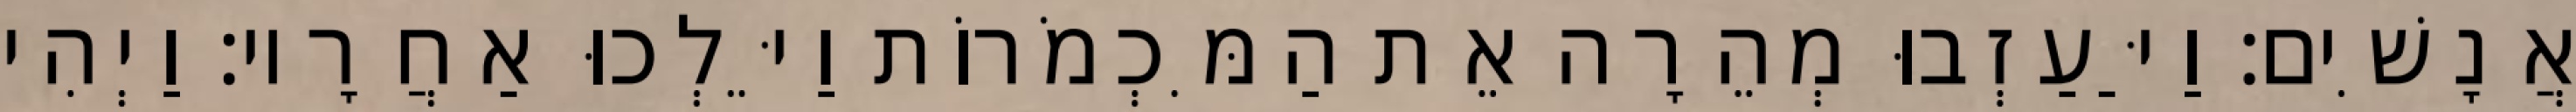
אֲנָשִׁים׃ וַיַּעַזְבוּ מְהֵרָה אֵת הַמִּכְמֹרוֹת וַיֵּלְכוּ אַחֲרָיו׃ וַיְהִי